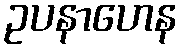
ဥပနာဟေန